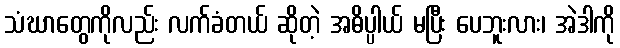
သံဃာတွေကိုလည်း လက်ခံတယ် ဆိုတဲ့ အဓိပ္ပါယ် မပြီး ပေဘူးလား၊ အဲဒါကို